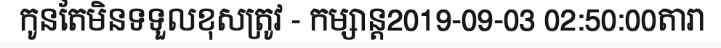
កូនតែមិនទទួលខុសត្រូវ - កម្សាន្ត2019-09-03 02:50:00តារា